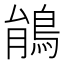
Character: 䳌